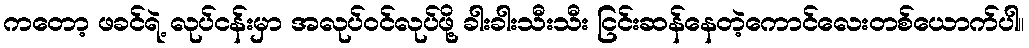
ကတော့ ဖခင်ရဲ့ လုပ်ငန်းမှာ အလုပ်ဝင်လုပ်ဖို့ ခါးခါးသီးသီး ငြင်းဆန်နေတဲ့ကောင်လေးတစ်ယောက်ပါ။